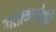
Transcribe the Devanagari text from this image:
गतावलोकी